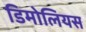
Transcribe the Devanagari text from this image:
डिमोलियस